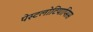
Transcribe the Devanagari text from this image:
पेस्टलोटियाप्सिस